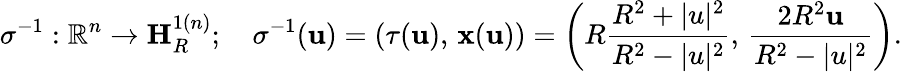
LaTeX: \sigma^{-1}:\mathbb{R}^{n}\rightarrow\mathbf{H}_{R}^{1(n)};\quad\sigma^{-1}(\mathbf{u})=(\tau(\mathbf{u}),\, \mathbf{x}(\mathbf{u}))=\left(R{\frac{R^{2}+|u|^{2}}{R^{2}-|u|^{2}}},\, {\frac{2R^{2}\mathbf{u}}{R^{2}-|u|^{2}}}\right).